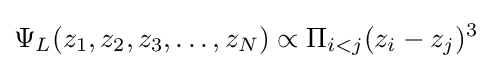
\Psi _{L}(z_{1},z_{2},z_{3},\ldots ,z_{N})\propto \Pi _{i<j}(z_{i}-z_{j})^{3}